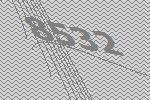
8532